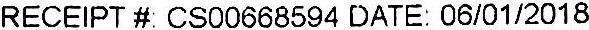
RECEIPT #: CS00668594 DATE: 06/01/2018